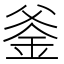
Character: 𨥏